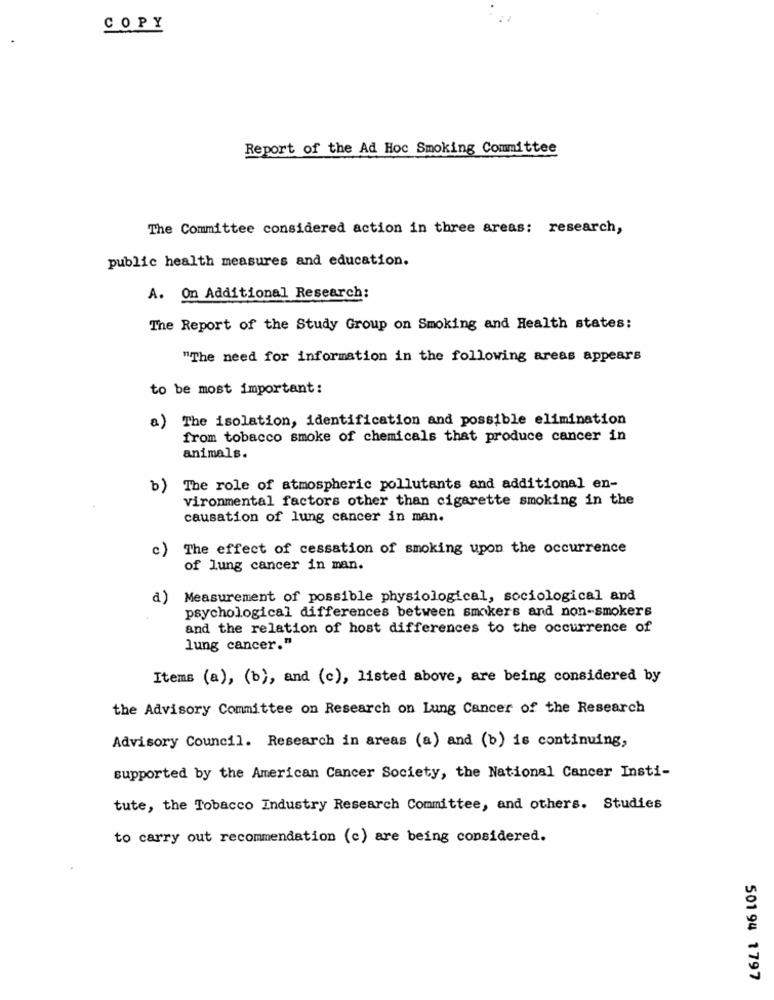
COPY
Report of the Ad Hoc Smoking Committee
The Committee considered action in three areas: research,
public health measures and education.
A. On Additional Research:
The Report of the Study Group on Smoking and Health states:
"The need for information in the following areas appears
to be most important:
a) The isolation, identification and possible elimination
from tobacco smoke of chemicals that produce cancer in
animals.
b) The role of atmospheric pollutants and additional en-
vironmental factors other than cigarette smoking in the
causation of lung cancer in man.
c)
The effect of cessation of smoking upon the occurrence
of lung cancer in man.
a)
Measurement of possible physiological, sociological and
psychological differences between smokers and non-smokers
and the relation of host differences to the occurrence of
lung cancer."
Items (a), (b), and (c), listed above, are being considered by
the Advisory Committee on Research on Lung Cancer of the Research
Advisory Council. Research in areas (a) and (b) is continuing,
supported by the American Cancer Society, the National Cancer Insti-
tute, the Tobacco Industry Research Committee, and others. Studies
to carry out recommendation (c) are being considered.
501 94 1797